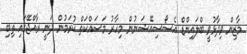
މާޒިން ވިދާޅުވީ ބްލައިންޑް އެސޯސިއޭޝަނުން މިހާރު މަސައްކަތް ކުރަމުން ދަނީ ރާއްޖޭގައި ތިބި